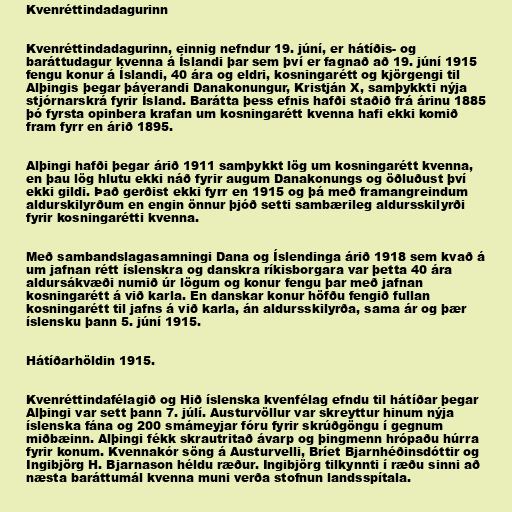
Kvenréttindadagurinn

Kvenréttindadagurinn, einnig nefndur 19. júní, er hátíðis- og
baráttudagur kvenna á Íslandi þar sem því er fagnað að 19. júní 1915
fengu konur á Íslandi, 40 ára og eldri, kosningarétt og kjörgengi til
Alþingis þegar þáverandi Danakonungur, Kristján X, samþykkti nýja
stjórnarskrá fyrir Ísland. Barátta þess efnis hafði staðið frá árinu 1885
þó fyrsta opinbera krafan um kosningarétt kvenna hafi ekki komið
fram fyrr en árið 1895.

Alþingi hafði þegar árið 1911 samþykkt lög um kosningarétt kvenna,
en þau lög hlutu ekki náð fyrir augum Danakonungs og öðluðust því
ekki gildi. Það gerðist ekki fyrr en 1915 og þá með framangreindum
aldurskilyrðum en engin önnur þjóð setti sambærileg aldursskilyrði
fyrir kosningarétti kvenna.

Með sambandslagasamningi Dana og Íslendinga árið 1918 sem kvað á
um jafnan rétt íslenskra og danskra ríkisborgara var þetta 40 ára
aldursákvæði numið úr lögum og konur fengu þar með jafnan
kosningarétt á við karla. En danskar konur höfðu fengið fullan
kosningarétt til jafns á við karla, án aldursskilyrða, sama ár og þær
íslensku þann 5. júní 1915.

Hátíðarhöldin 1915.

Kvenréttindafélagið og Hið íslenska kvenfélag efndu til hátíðar þegar
Alþingi var sett þann 7. júlí. Austurvöllur var skreyttur hinum nýja
íslenska fána og 200 smámeyjar fóru fyrir skrúðgöngu í gegnum
miðbæinn. Alþingi fékk skrautritað ávarp og þingmenn hrópaðu húrra
fyrir konum. Kvennakór söng á Austurvelli, Bríet Bjarnhéðinsdóttir og
Ingibjörg H. Bjarnason héldu ræður. Ingibjörg tilkynnti í ræðu sinni að
næsta baráttumál kvenna muni verða stofnun landsspítala.